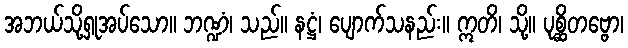
အဘယ်သို့ရှုအပ်သော။ ဘဏ္ဍံ၊ သည်။ နဋ္ဌံ၊ ပျောက်သနည်း။ ဣတိ၊ သို့။ ပုစ္ဆိတဗ္ဗော၊